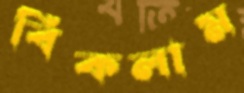
বিকলাম